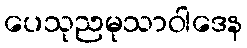
ပေသုညမုသာဝါဒေန